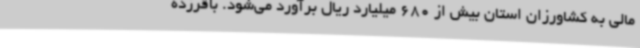
مالی به کشاورزان استان بیش از 680 میلیارد ریال برآورد می‌شود. باقرزده